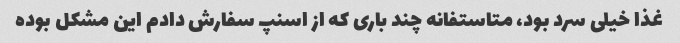
غذا خیلی سرد بود، متاستفانه چند باری که از اسنپ سفارش دادم این مشکل بوده